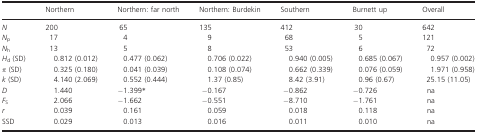
|  | Northern | Northern: far north | Northern: Burdekin | Southern | Burnett up | Overall |
 | --- | --- | --- | --- | --- | --- | --- |
 | N | 200 | 65 | 135 | 412 | 30 | 642 |
 | Np | 17 | 4 | 9 | 68 | 5 | 121 |
 | Nh | 13 | 5 | 8 | 53 | 6 | 72 |
 | Hd (SD) | 0.812 (0.012) | 0.477 (0.062) | 0.706 (0.022) | 0.940 (0.005) | 0.685 (0.067) | 0.957 (0.002) |
 | π (SD) | 0.325 (0.180) | 0.041 (0.039) | 0.108 (0.074) | 0.662 (0.339) | 0.076 (0.059) | 1.971 (0.958) |
 | k (SD) | 4.140 (2.069) | 0.552 (0.444) | 1.37 (0.85) | 8.42 (3.91) | 0.96 (0.67) | 25.15 (11.05) |
 | D | 1.440 | −1.399* | −0.167 | −0.862 | −0.726 | na |
 | FS | 2.066 | −1.662 | −0.551 | −8.710 | −1.761 | na |
 | r | 0.039 | 0.161 | 0.059 | 0.018 | 0.118 | na |
 | SSD | 0.029 | 0.013 | 0.016 | 0.011 | 0.010 | na |